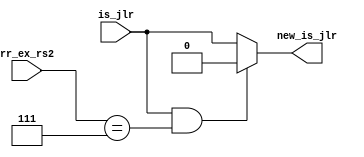
module JLR_R7_decide (is_jlr,rr_ex_rs2,new_is_jlr);

input is_jlr;
input [2:0] rr_ex_rs2;
output reg new_is_jlr;

always @(*)
begin

if( is_jlr && (rr_ex_rs2 == 3'b111) )
new_is_jlr = 0;

else
new_is_jlr = is_jlr;

end

endmodule